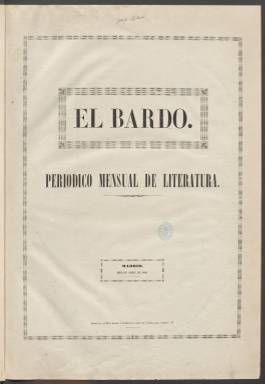
Título: El Bardo (Madrid)
Colección: Periódicos || Literatura
Ámbito geográfico: Madrid
Lugar de publicación: Madrid
Fechas: 01/04/1850-31/12/1851